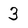
Character: 3